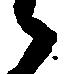
候